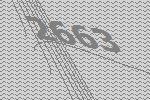
2663